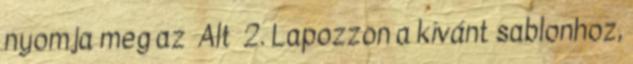
nyomja meg az Alt 2. Lapozzon a kívánt sablonhoz,